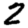
Digit: 2